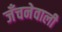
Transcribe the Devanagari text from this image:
जँचनेवाली